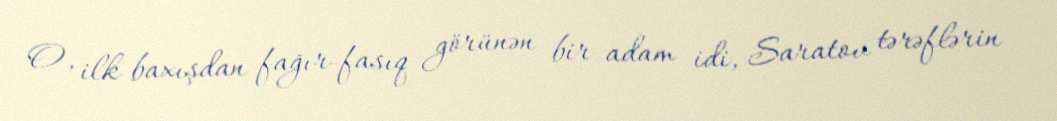
O, ilk baxışdan fağır-fasıq görünən bir adam idi, Saratov tərəflərin